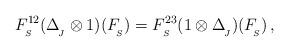
LaTeX: \begin{align*}F^{12}_{_{S}}(\Delta_{_{\!J}}^{}\otimes1)(F_{_{\!S}}^{})=F^{23}_{_{S}}(1\otimes\Delta_{_{\!J}}^{})(F_{_{\!S}}^{})\,,\end{align*}